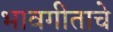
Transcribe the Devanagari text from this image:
भावगीताचे